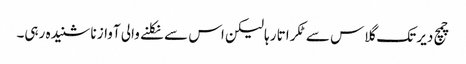
چمچ دیر تک گلاس سے ٹکراتا رہا لیکن اس سے نکلنے والی آواز نا شنیدہ رہی۔